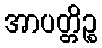
အာပတ္တိဉ္စ